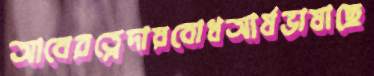
আবেরত্নেদায়বোধআর্যভাষাছে